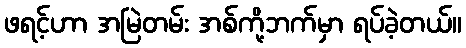
ဖရင့်ဟာ အမြဲတမ်း အစ်ကို့ဘက်မှာ ရပ်ခဲ့တယ်။